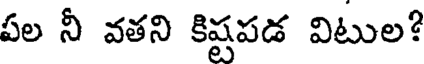
పల నీ వతని కిష్టపడ విటుల?